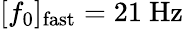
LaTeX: [f_{0}]_{\mathrm{fast}}=21\ \mathrm{Hz}